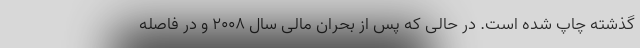
گذشته چاپ شده است. در حالی که پس از بحران مالی سال ۲۰۰۸ و در فاصله